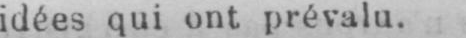
idées qui ont prévalu.